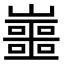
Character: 𡾙